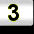
Digit: 3